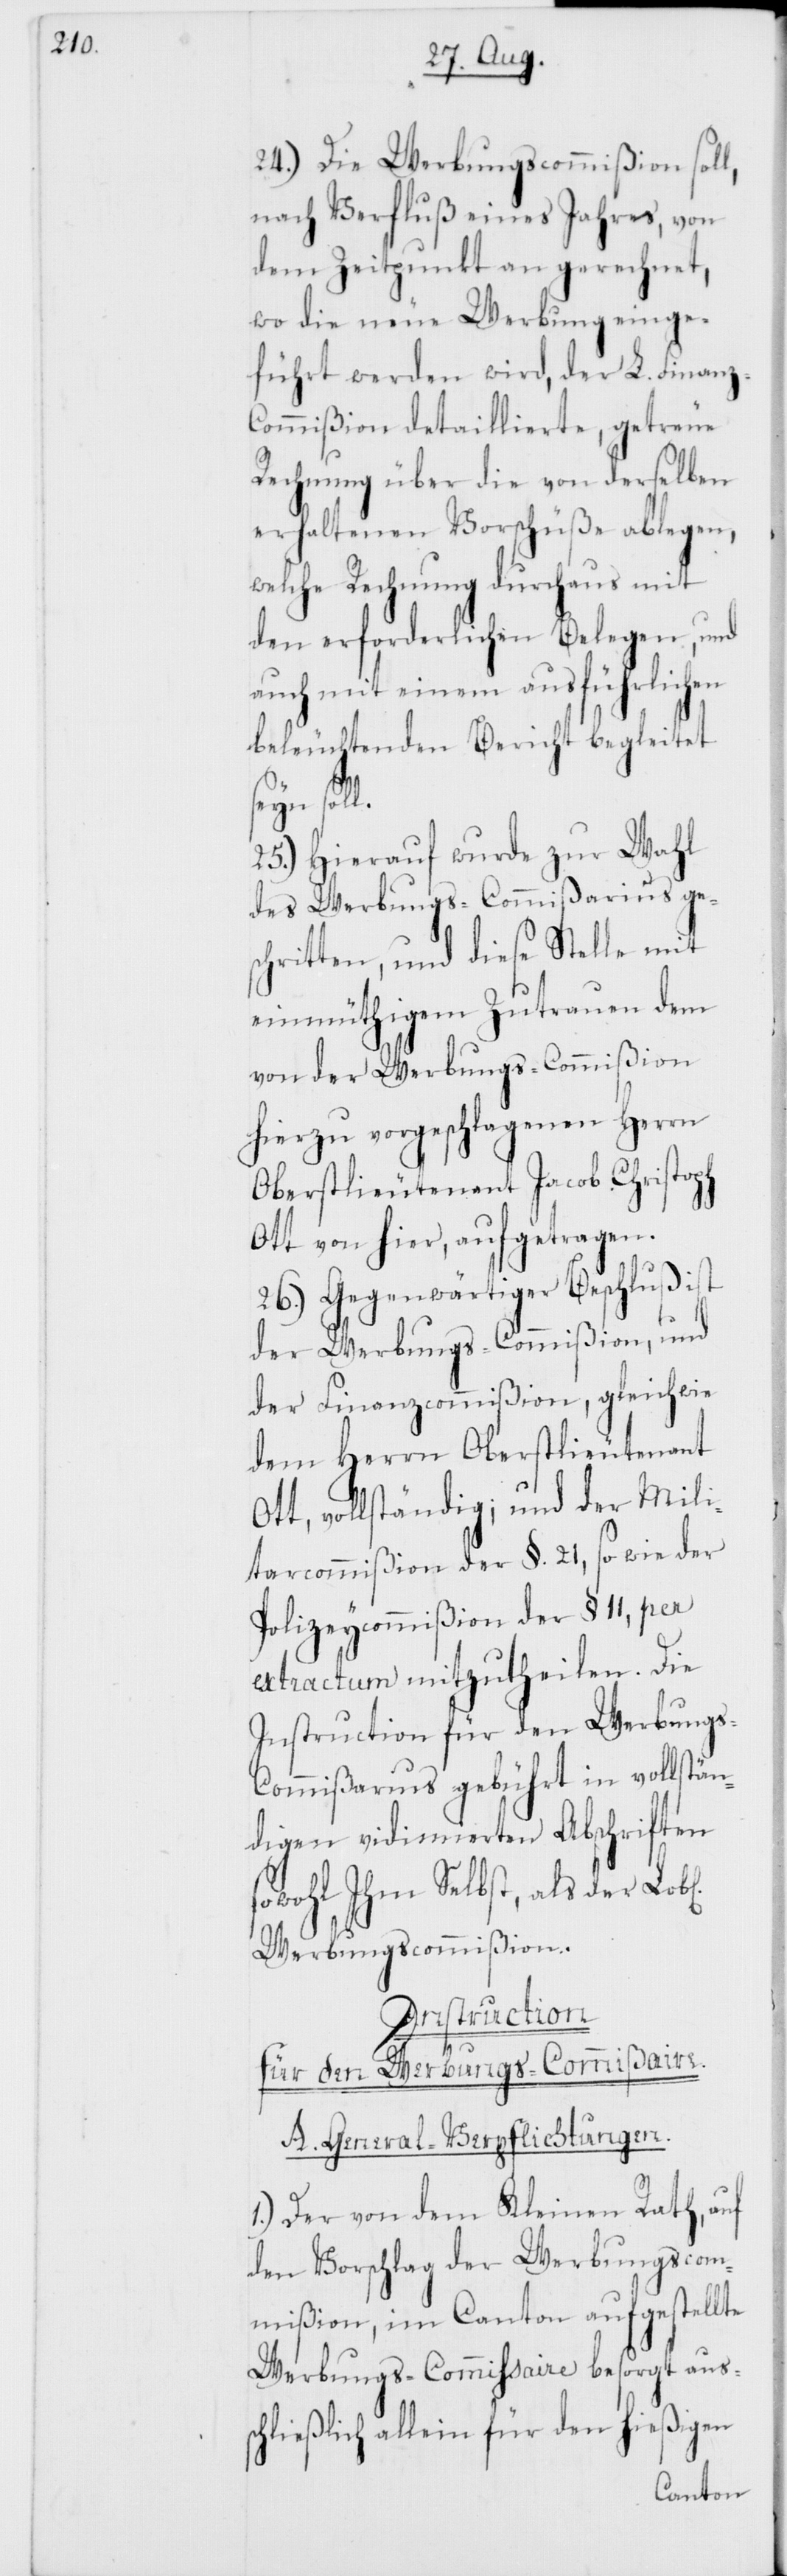
24.) Die Werbungscommißion soll,
nach Verfluß eines Jahres, von
dem Zeitpunkt an gerechnet,
wo die neue Werbung einge¬
führt werden wird, der L. Finan¬
ommißion detaillierte, getreue
Rechnung über die von derselben
erhaltenen Vorschüße ablegen,
welche Rechnung durchaus mit
den erforderlichen Belegen, und
auch mit einem ausführlichen
beleuchtenden Bericht begleitet
z-C¬
25.) Hierauf wurde zur Wahl
des Werbungs-Commißarius ge¬
schritten, und diese Stelle mit
einmüthigem Zutrauen dem
von der Werbungs-Commißion
hierzu vorgeschlagenen Herrn
Oberstlieutenant Jacob Christoph
Ott von hier, aufgetragen.
26.) Gegenwärtiger Beschluß ist
der Werbungs-Commißion, und
der Finanzcommißion, gleichwie
dem Herrn Oberstlieutenant
Ott, vollständig; und der Mili¬
taircommißion der §. 21, so wie der
Polizeycommißion der § 11, per
extractum mitzutheilen. Die
Instruction für den Werbung¬
s-Commißarius gebührt in vollstän¬
digen vidimiertenn Abschriften
sowohl Ihm selbst als der Lob¬
Werbungscommißion.
Instruction
für den Werbungs-Commißaire.
A. General-Verpflichtungen.
1.) Der von dem Kleinen Rath, auf
den Vorschlag der Werbungscom¬
mißion, im Canton aufgestellte
Werbungs-Commissaire besorgt aus¬
schließlich allein für den hießigen